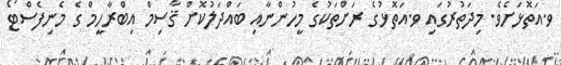
ވ.އަތޮޅަށެވެ. މިދަތުރުގައި ވ.އަތޮޅުގެ ރަށްތަކުގެ މީހުންނާއި ބައްދަލުކޮށް ޤާސިމް އިބްރާހީމް ގެ މެނިފެސްޓޯ